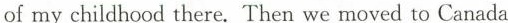
of my childhood there. Then we moved to Canada